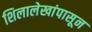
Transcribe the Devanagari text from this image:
शिलालेखांपासून